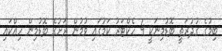
ބިމުގެ ގުދުރަތީ ބޮޑުމިނަކީ 4 ހެކްޓަރު ކަމުގައި ވުމުން ރަށުގެ ބޮޑުމިން ހިއްކައި